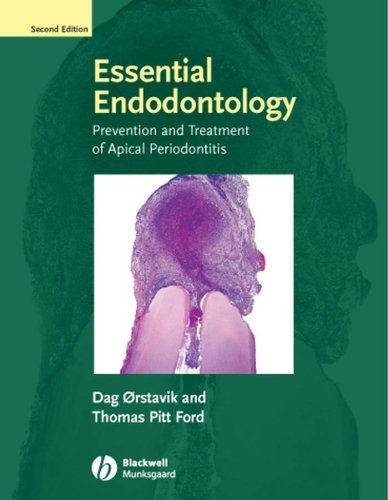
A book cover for Essential Endodontology: Prevention and Treatment of Apical Periodontitis; Dag Orstavik; Medical Books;